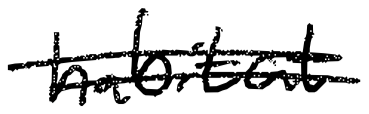
Text: habitat
Cross-out: double-line
Writing tool: digital_black